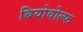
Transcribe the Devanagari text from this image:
बियोवोल्फ